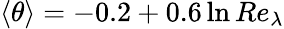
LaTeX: \langle\theta\rangle=-0.2+0.6\ln{Re_{\lambda}}